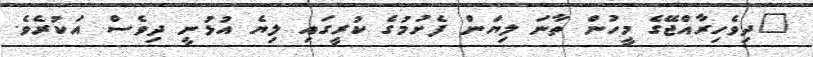
"ދިވެހިރާއްޖޭގެ މީހުން ތާނަ ލިޔަން ފެށުމުގެ ކުރީގައި ލިޔެ އުޅުނީ ދިވެސް އަކުރެވެ.